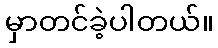
မှာတင်ခဲ့ပါတယ်။